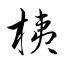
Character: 桋